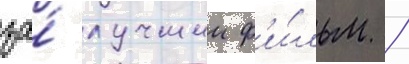
за́ лучшии ф'и́льм /